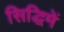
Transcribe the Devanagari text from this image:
सिद्धिमें